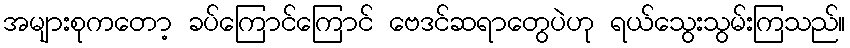
အများစုကတော့ ခပ်ကြောင်ကြောင် ဗေဒင်ဆရာတွေပဲဟု ရယ်သွေးသွမ်းကြသည်။